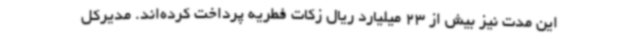
این مدت نیز بیش از 23 میلیارد ریال زکات فطریه پرداخت کرده‌اند. مدیرکل